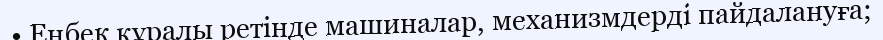
• Еңбек құралы ретінде машиналар, механизмдерді пайдалануға;